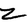
Character: Z